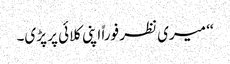
‘‘ میری نظر فوراً اپنی کلائی پر پڑی۔